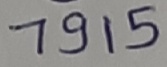
Text: 7915